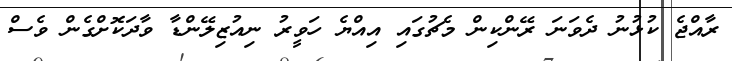
ރާއްޖެ ކުޅުނު ދެވަނަ ރޭންކިން މެޗުގައި އިއްޔެ ހަވީރު ނިއުޒިލޭންޑާ ވާދަކޮށްގެން ވެސް